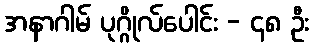
အနာဂါမ် ပုဂ္ဂိုလ်ပေါင်း - ၄၈ ဦး